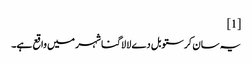
[1]
یہ سان کرستوبل دے لا لاگنا شہر میں واقع ہے۔